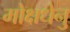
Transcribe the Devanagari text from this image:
मोक्षधेनु